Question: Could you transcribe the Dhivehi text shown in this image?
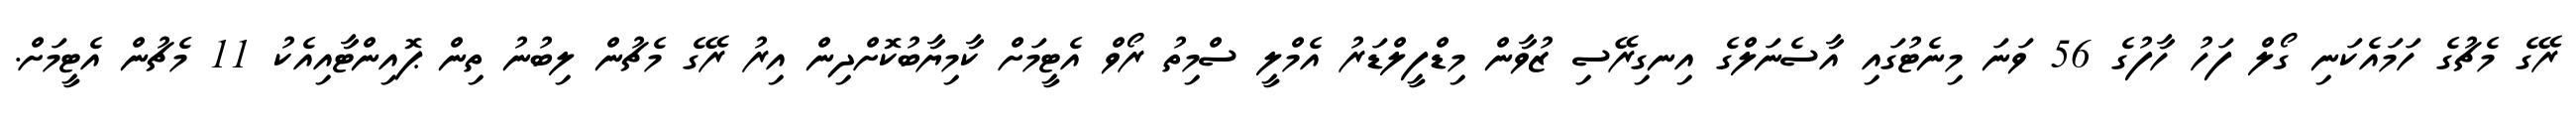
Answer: ރޭގެ މެޗުގެ ހަމައެކަނި ގޯލް ފަހު ހާފުގެ 56 ވަނަ މިނެޓުގައި އާސެނަލްގެ އިނގިރޭސި ޒުވާން މިޑްފީލްޑަރު އެމްލީ ސްމިތު ރޯވް އެޓީމަށް ކާމިޔާބުކޮށްދިން އިރު ރޭގެ މެޗުން ލިބުނު ތިން ޕޮއިންޓާއިއެކު 11 މެޗުން އެޓީމަށް.